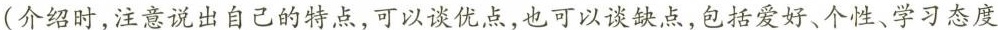
(介绍时，注意说出自己的特点，可以谈优点，也可以谈缺点，包括爱好、个性、学习态度